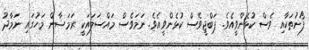
ފޯނުތަކާއި ވެސް ކުޅެންވީއެވެ. ޕަބްޖީވެސް ކުޅެންވީއެވެ. ނަމަވެސް މައްސަލައަކީ ރަމަޟާން މަހުގައި ނަމާދު